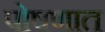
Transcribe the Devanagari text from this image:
पोषणात